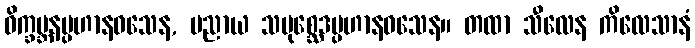
ဝိက္ခမ္ဘနပ္ပဟာနဝသေန, ပညာယ သမုစ္ဆေဒပ္ပဟာနဝသေန။ တထာ သီလေန ကိလေသာနံ